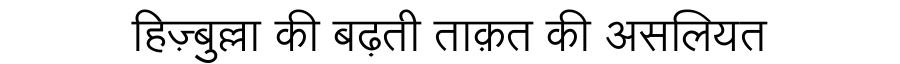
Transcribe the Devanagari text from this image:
हिज़्बुल्ला की बढ़ती ताक़त की असलियत